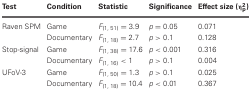
| Test | Condition | Statistic | Significance | Effect size (η2p) |
 | --- | --- | --- | --- | --- |
 | Raven SPM | Game | F(1, 51) = 3.9 | p = 0.05 | 0.071 |
 |  | Documentary | F(1, 18) = 2.7 | p > 0.1 | 0.128 |
 | Stop-signal | Game | F(1, 38) = 17.6 | p < 0.001 | 0.316 |
 |  | Documentary | F(1, 16) < 1 | p > 0.1 | 0.004 |
 | UFoV-3 | Game | F(1, 50) = 1.3 | p > 0.1 | 0.025 |
 |  | Documentary | F(1, 18) = 10.4 | p < 0.01 | 0.367 |